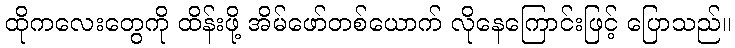
ထိုကလေးတွေကို ထိန်းဖို့ အိမ်ဖော်တစ်ယောက် လိုနေကြောင်းဖြင့် ပြောသည်။